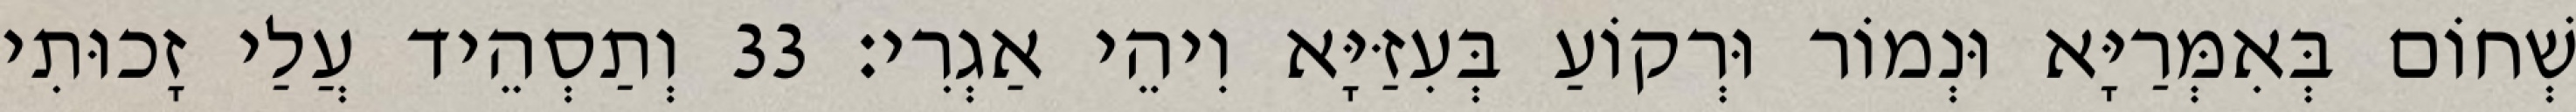
שְׁחוֹם בְּאִמְּרַיָּא וּנְמוֹר וּרְקוֹעַ בְּעִזַּיָּא וִיהֵי אַגְרִי׃ 33 וְתַסְהֵיד עֲלַי זָכוּתִי